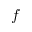
f